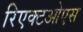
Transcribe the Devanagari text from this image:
रिएक्टओएस